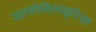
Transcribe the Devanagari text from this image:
सल्फोनिलयूरिया